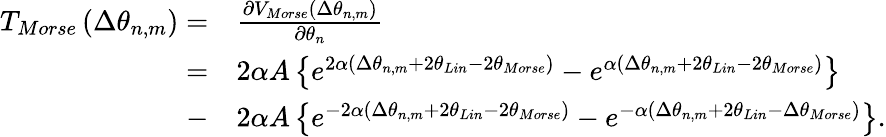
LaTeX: \begin{array}{rl}{{{T}_{Morse}}\left(\Delta{{\theta}_{n,m}}\right)=}&{\frac{\partial{{V}_{Morse}}\left(\Delta{{\theta}_{n,m}}\right)}{\partial{{\theta}_{n}}}}\\ {=}&{2\alpha A\left\{ {{e}^{2\alpha\left(\Delta{{\theta}_{n,m}}+2{{\theta}_{Lin}}-2\theta_{Morse}\right)}}-{{e}^{\alpha\left(\Delta{{\theta}_{n,m}}+2{{\theta}_{Lin}}-2\theta_{Morse}\right)}}\right\} }\\ {-}&{2\alpha A\left\{ {{e}^{-2\alpha\left(\Delta{{\theta}_{n,m}}+2{{\theta}_{Lin}}-2\theta_{Morse}\right)}}-{{e}^{-\alpha\left(\Delta{{\theta}_{n,m}}+2{{\theta}_{Lin}}-\Delta\theta_{Morse}\right)}}\right\} .}\end{array}